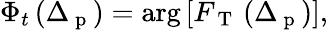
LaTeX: \Phi_{t}\left(\Delta_{\mathrm{~p~}}\right)=\arg\left[F_{\mathrm{~T~}}\left(\Delta_{\mathrm{~p~}}\right)\right],